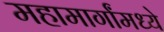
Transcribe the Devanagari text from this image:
महामार्गांमध्ये